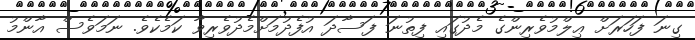
ގިނަ ފަހަރަށް ޢިލްމުވެރިންގެ މެދުގައި ފިތުނަ ފަސާދަ އުފެދުމަށްމެދުވެރިވާ ކަމެކެވެ. ނަމަވެސް އާންމު